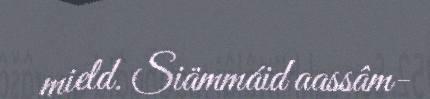
mield. Siämmáid aassâm-